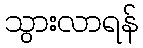
သွားလာရန်